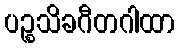
ပဉ္စသိခဂီတဂါထာ